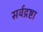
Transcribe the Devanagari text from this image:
सर्वद्रष्टा